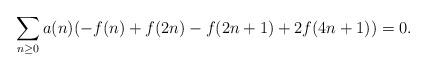
LaTeX: \begin{align*}\sum\limits_{n\geq 0}a(n)(-f(n)+f(2n)-f(2n+1)+2f(4n+1))=0.\end{align*}